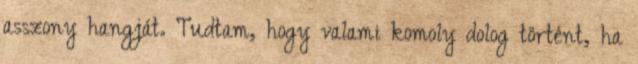
asszony hangját. Tudtam, hogy valami komoly dolog történt, ha